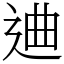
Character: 䢗